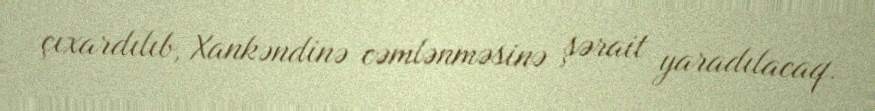
çıxardılıb, Xankəndinə cəmlənməsinə şərait yaradılacaq.